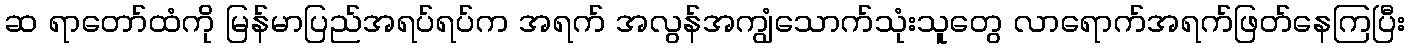
ဆ ရာတော်ထံကို မြန်မာပြည်အရပ်ရပ်က အရက် အလွန်အကျွံသောက်သုံးသူတွေ လာရောက်အရက်ဖြတ်နေကြပြီး